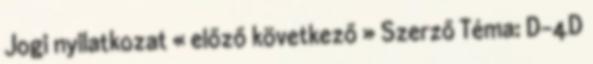
Jogi nyilatkozat « előző következő » Szerző Téma: D-4D